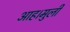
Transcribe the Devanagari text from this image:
आह।मुली